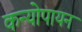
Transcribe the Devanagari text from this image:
कन्योपायन